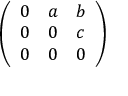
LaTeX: \left( \begin{array} { l l l } { 0 } & { a } & { b } \\ { 0 } & { 0 } & { c } \\ { 0 } & { 0 } & { 0 } \end{array} \right)